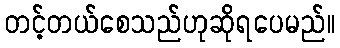
တင့်တယ်စေသည်ဟုဆိုရပေမည်။